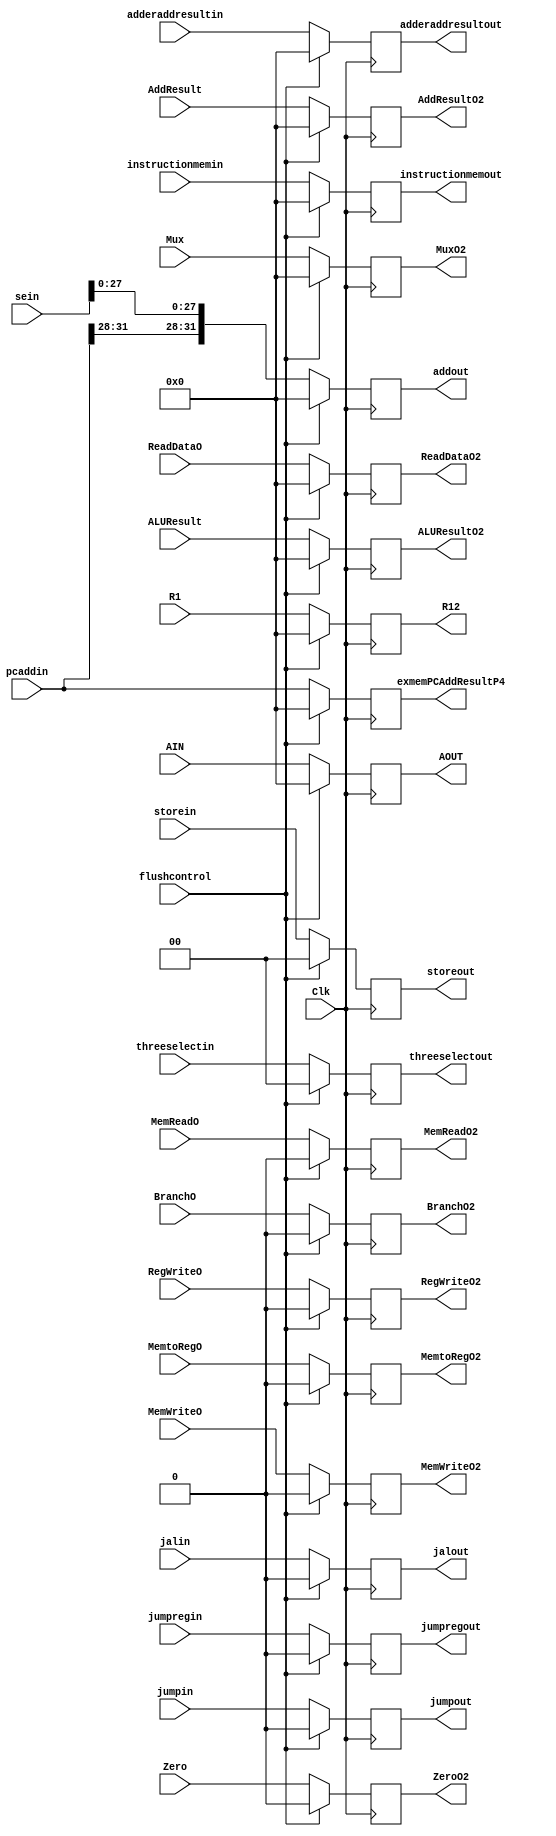
`timescale 1ns / 1ps

//Jennifer Nadolski / Joseph Emnett

module EXMEMReg(BranchO, BranchO2, MemWriteO, MemWriteO2, MemReadO, MemReadO2, MemtoRegO, MemtoRegO2, RegWriteO, RegWriteO2,Clk,AddResult, 
AddResultO2, Zero, ZeroO2, ALUResult, ALUResultO2,Mux, MuxO2,ReadDataO, ReadDataO2, threeselectin, threeselectout,jumpin,jumpout, 
sein, pcaddin,exmemPCAddResultP4, addout,storein,storeout, jalin,jalout,adderaddresultin,adderaddresultout
,jumpregin, jumpregout,instructionmemin, instructionmemout, R1, R12, flushcontrol, AIN, AOUT);  
//EXMEMReg a16(BranchO, EXMEMBranch, MemWriteO, EXMEMMemWrite, MemReadO, EXMEMMemRead, MemtoRegO, EXMEMMemtoReg, RegWriteMUX, EXMEMRegWrite,Clk,IDEXPCAddResultP4, 
//EXMEMAddResult, Zero, EXMEMZero, ALUMAINRESULT, EXMEMALUResult,IDEXBOTMUXOUT, EXMEMMux,ReadData2O, EXMEMReadData,threeselectexmem,threeselectmemwb,jumpselectidex,jumpselectexmem, SIGNEXTENDOUTPUT, IDEXPCAddResultP4, exmemPCAddResultP4,concatadd,
//storesignalidex,storesignalexmem,JALSignalidex, JALSignalexmem);

	input  BranchO, MemWriteO, MemReadO, MemtoRegO, RegWriteO;
	input Clk, Zero,jumpregin;
	input [31:0]sein;
	input [31:0] AIN;
	output reg [31:0] AOUT;
	input [31:0] R1;
	input flushcontrol; 
	output reg [31:0] R12;
	output reg [31:0] exmemPCAddResultP4;
	input [31:0] instructionmemin;
	output reg [31:0] instructionmemout;
	input [31:0] adderaddresultin;
	output reg [31:0] adderaddresultout;
	input [31:0] pcaddin;
	input [1:0] storein;
	output reg [1:0] storeout;
	output reg [31:0] addout;
	input [31:0] AddResult, Mux,ALUResult, ReadDataO;
	output reg BranchO2, MemWriteO2, MemReadO2, MemtoRegO2, RegWriteO2;
	output reg ZeroO2;
	 input jumpin;
    output reg jumpout,jumpregout;
	output reg [31:0] AddResultO2, ALUResultO2, ReadDataO2,  MuxO2;
	input [1:0] threeselectin;
    output reg [1:0] threeselectout;
      input jalin;
      output reg jalout;
        
        
	    always @(posedge Clk) begin
	    
	    if(flushcontrol ==1'b0)begin
	    R12 <= R1; 
	    adderaddresultout<=adderaddresultin;
	      jumpout<=jumpin;
	      instructionmemout<=instructionmemin;
	 addout<= {pcaddin[31:28],sein[27:0]};
	 exmemPCAddResultP4 <= pcaddin;
	 storeout<=storein;
	    threeselectout<=threeselectin;
        BranchO2 <= BranchO;
        MemWriteO2 <= MemWriteO;
        MemReadO2<=MemReadO;
        jalout<=jalin;
        AOUT <= AIN;
        MemtoRegO2<=MemtoRegO;
        RegWriteO2 <= RegWriteO;
        ZeroO2 <= Zero;
        jumpregout<=jumpregin;
        MuxO2<=Mux;
        ReadDataO2 <= ReadDataO;
        ALUResultO2 <= ALUResult;
        AddResultO2 <= AddResult;
        end
        else if (flushcontrol ==1'b1)begin
         R12 <= 0; 
            adderaddresultout<=0;
              jumpout<=0;
              instructionmemout<=0;
         addout<= 0;
         exmemPCAddResultP4 <= 0;
         storeout<=0;
        threeselectout<=0;
        AOUT<=0;
        BranchO2 <= 0;
        MemWriteO2 <= 0;
        MemReadO2<=0;
        jalout<=0;
        MemtoRegO2<=0;
        RegWriteO2 <= 0;
        ZeroO2 <= 0;
        jumpregout<=0;
        MuxO2<=0;
        ReadDataO2 <= 0;
        ALUResultO2 <= 0;
        AddResultO2 <= 0;
        end
    end
 

endmodule